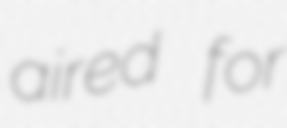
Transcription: aired for